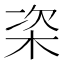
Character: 栥